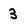
Character: 3